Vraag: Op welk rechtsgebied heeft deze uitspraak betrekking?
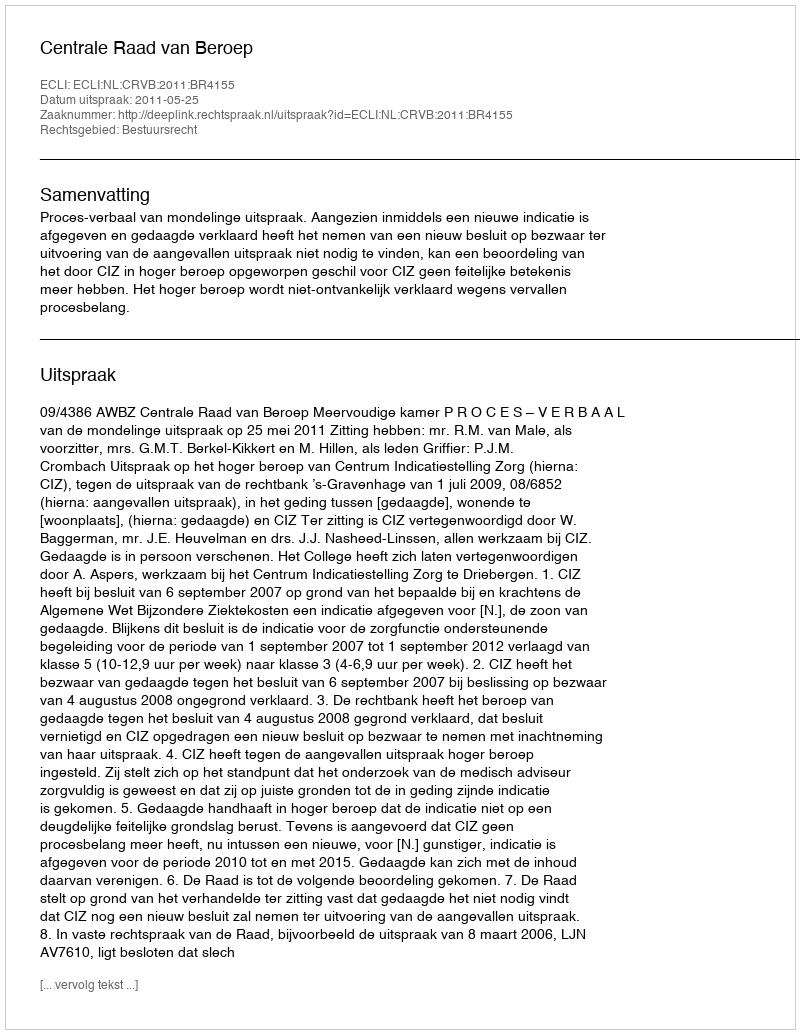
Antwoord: Bestuursrecht